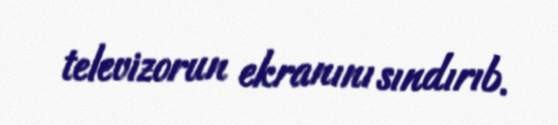
televizorun ekranını sındırıb.